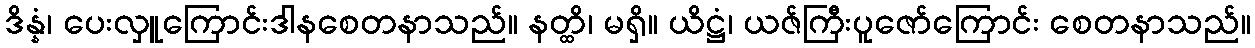
ဒိန္နံ၊ ပေးလှူကြောင်းဒါနစေတနာသည်။ နတ္ထိ၊ မရှိ။ ယိဋ္ဌံ၊ ယဇ်ကြီးပူဇော်ကြောင်း စေတနာသည်။